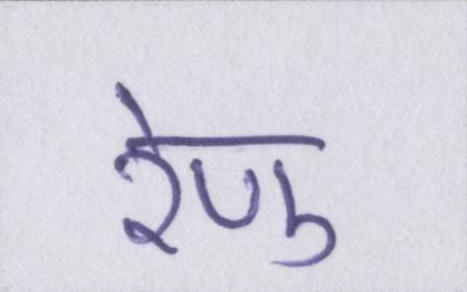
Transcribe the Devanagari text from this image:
रेणु